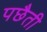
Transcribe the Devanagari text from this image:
पछैती